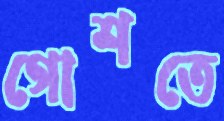
গোশতে